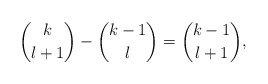
\begin{align*} \binom{k}{l+1}-\binom{k-1}{l}=\binom{k-1}{l+1},\end{align*}